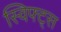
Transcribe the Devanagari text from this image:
स्विफ्ट्स